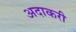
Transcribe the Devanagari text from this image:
अदाकरी